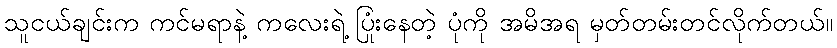
သူငယ်ချင်းက ကင်မရာနဲ့ ကလေးရဲ့ ပြုံးနေတဲ့ ပုံကို အမိအရ မှတ်တမ်းတင်လိုက်တယ်။